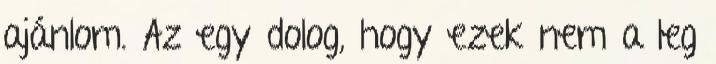
ajánlom. Az egy dolog, hogy ezek nem a leg